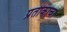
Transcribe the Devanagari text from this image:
प्रतीकाचा